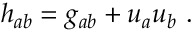
h _ { a b } = g _ { a b } + u _ { a } u _ { b } ~ .